Civil Veterinary Dept. Bombay admin report 1932-41 - 1932-1941
Year: 1932
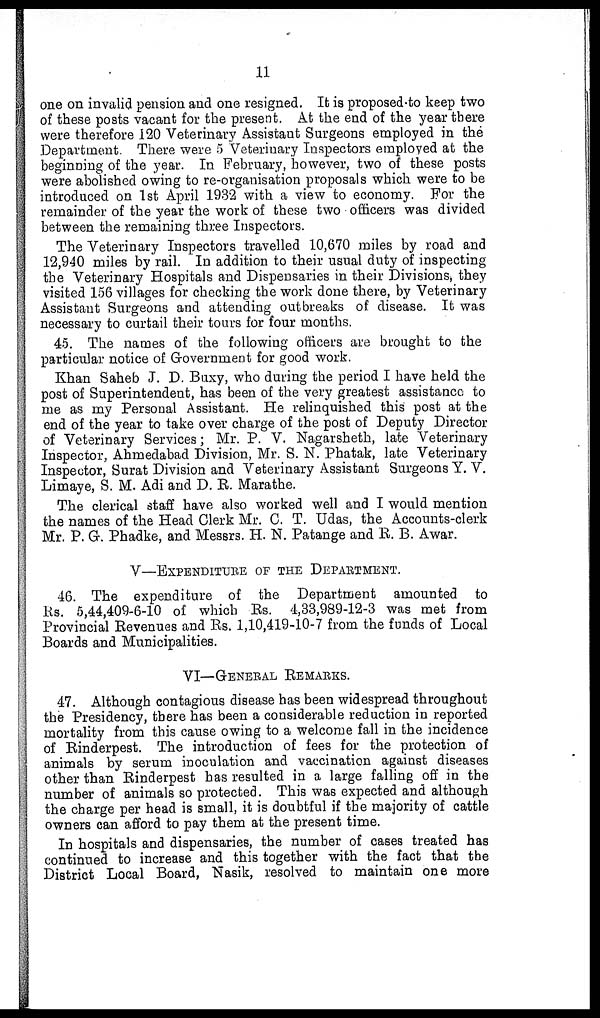
11
one on invalid pension and one resigned. It is proposed to keep two
of these posts vacant for the present. At the end of the year there
were therefore 120 Veterinary Assistant Surgeons employed in the
Department. There were 5 Veterinary Inspectors employed at the
beginning of the year. In February, however, two of these posts
were abolished owing to re-organisation proposals which were to be
introduced on 1st April 1932 with a view to economy. For the
remainder of the year the work of these two officers was divided
between the remaining three Inspectors.
The Veterinary Inspectors travelled 10,670 miles by road and
12,940 miles by rail. In addition to their usual duty of inspecting
the Veterinary Hospitals and Dispensaries in their Divisions, they
visited 156 villages for checking the work done there, by Veterinary
Assistant Surgeons and attending outbreaks of disease. It was
necessary to curtail their tours for four months.
45. The names of the following officers are brought to the
particular notice of Government for good work.
Khan Saheb J. D. Buxy, who during the period I have held the
post of Superintendent, has been of the very greatest assistance to
me as my Personal Assistant. He relinquished this post at the
end of the year to take over charge of the post of Deputy Director
of Veterinary Services; Mr. P. V. Nagarsheth, late Veterinary
Inspector, Ahmedabad Division, Mr. S. N. Phatak, late Veterinary
Inspector, Surat Division and Veterinary Assistant Surgeons Y. V.
Limaye, S. M. Adi and D. R. Marathe.
The clerical staff have also worked well and I would mention
the names of the Head Clerk Mr. C. T. Udas, the Accounts-clerk
Mr. P. G. Phadke, and Messrs. H. N. Patange and R. B. Awar.
V—EXPENDITURE OF THE DEPARTMENT.
46. The expenditure of the Department amounted to
Rs. 5,44,409-6-10 of which Rs. 4,33,989-12-3 was met from
Provincial Revenues and Rs. 1,10,419-10-7 from the funds of Local
Boards and Municipalities.
VI—GENERAL REMARKS.
47. Although contagious disease has been widespread throughout
the Presidency, there has been a considerable reduction in reported
mortality from this cause owing to a welcome fall in the incidence
of Rinderpest. The introduction of fees for the protection of
animals by serum inoculation and vaccination against diseases
other than Rinderpest has resulted in a large falling off in the
number of animals so protected. This was expected and although
the charge per head is small, it is doubtful if the majority of cattle
owners can afford to pay them at the present time.
In hospitals and dispensaries, the number of cases treated has
continued to increase and this together with the fact that the
District Local Board, Nasik, resolved to maintain one more